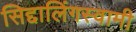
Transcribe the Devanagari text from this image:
सिद्दालिंगस्वामी